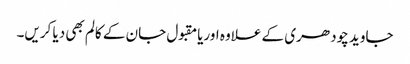
جاوید چودھری کے علاوہ اوریامقبول جان کے کالم بھی دیا کریں۔